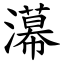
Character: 濗